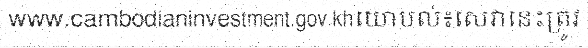
www.cambodianinvestment.gov.khយោបល់៖សេវានេះត្រូវ